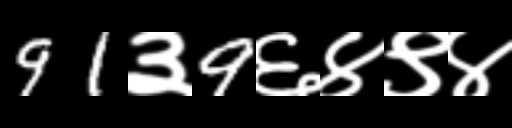
Text: 91३9६४९४